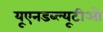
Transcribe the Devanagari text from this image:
यूएनडब्ल्यूटीओ